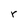
Character: r